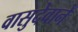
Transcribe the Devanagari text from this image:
वासुदेवाने